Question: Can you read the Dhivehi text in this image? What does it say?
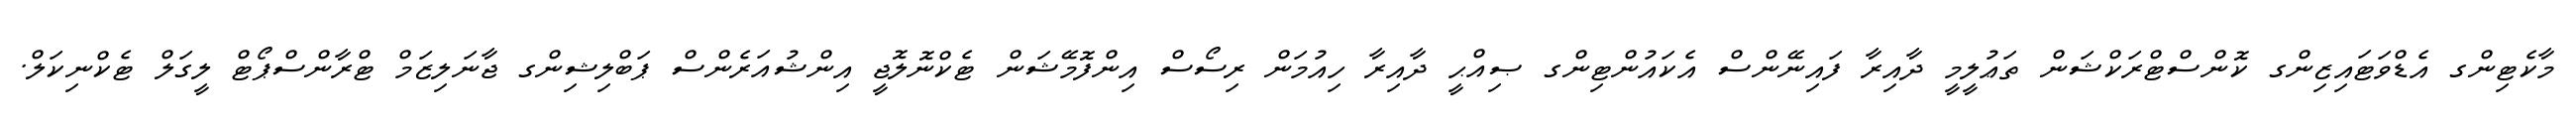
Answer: މާކެޓިންގ އެޑްވަޓައިޒިންގ ކޮންސްޓްރަކްޝަން ތަޢުލީމީ ދާއިރާ ފައިނޭންސް އެކައުންޓިންގ ޞިއްޙީ ދާއިރާ ހިއުމަން ރިސޯސް އިންފޮމޭޝަން ޓެކްނޮލޮޖީ އިންޝުއަރެންސް ޕަބްލިޝިންގ ޖާނަލިޒަމް ޓްރާންސްޕޯޓް ލީގަލް ޓެކްނިކަލް.